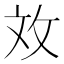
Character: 𫾨